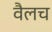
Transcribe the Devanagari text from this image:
वैलच